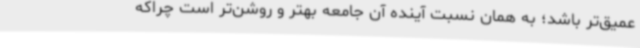
عمیق‌تر باشد؛ به همان نسبت آینده آن جامعه بهتر و روشن‌تر است چراکه